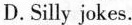
D.Silly jokes.